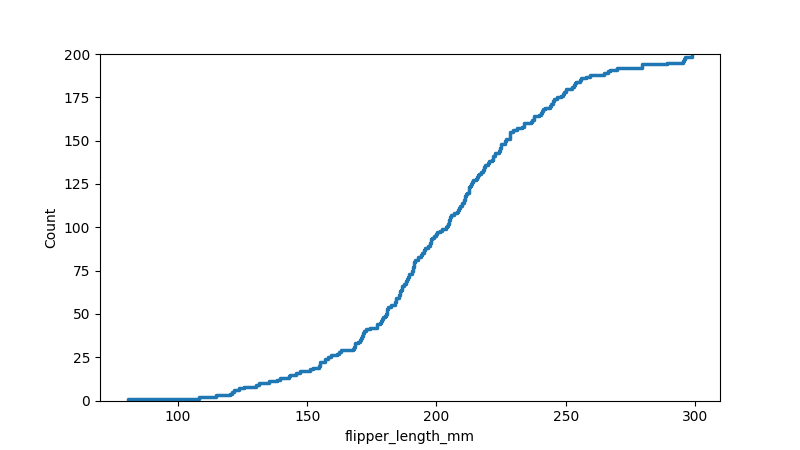
python, seaborn, ecdfplot, column='flipper_length_mm', hue='all', stat='count', linewidth=2.5